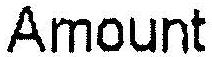
AMOUNT